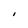
Character: I